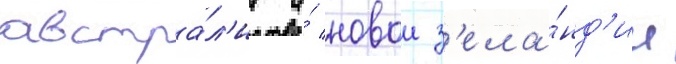
австра́л'ии и́ новои з'ела́нд'ии